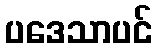
ပဒေသာပင်